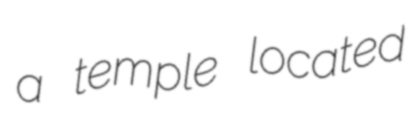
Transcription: a temple located